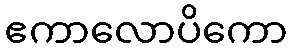
ဧကာလောပိကော